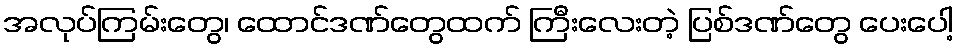
အလုပ်ကြမ်းတွေ၊ ထောင်ဒဏ်တွေထက် ကြီးလေးတဲ့ ပြစ်ဒဏ်တွေ ပေးပေါ့